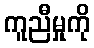
ကူညီမှုကို